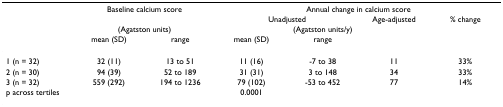
<table><thead><tr><td></td><td colspan="2"><b>Baseline calcium score</b></td><td colspan="4"><b>Annual change in calcium score</b></td></tr><tr><td></td><td></td><td></td><td colspan="2"><b>Unadjusted</b></td><td><b>Age-adjusted</b></td><td><b>% change</b></td></tr><tr><td></td><td colspan="2"><b>(Agatston units)</b></td><td colspan="3"><b>(Agatston units/y)</b></td><td></td></tr><tr><td></td><td><b>mean (SD)</b></td><td><b>range</b></td><td><b>mean (SD)</b></td><td><b>range</b></td><td></td><td></td></tr></thead><tbody><tr><td>1 (n = 32)</td><td>32 (11)</td><td>13 to 51</td><td>11 (16)</td><td>-7 to 38</td><td>11</td><td>33%</td></tr><tr><td>2 (n = 30)</td><td>94 (39)</td><td>52 to 189</td><td>31 (31)</td><td>3 to 148</td><td>34</td><td>33%</td></tr><tr><td>3 (n = 32)</td><td>559 (292)</td><td>194 to 1236</td><td>79 (102)</td><td>-53 to 452</td><td>77</td><td>14%</td></tr><tr><td colspan="3">p across tertiles</td><td>0.0001</td><td></td><td></td><td></td></tr></tbody></table>